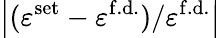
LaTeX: \left|(\varepsilon^{\mathrm{set}}-\varepsilon^{\mathrm{f.d.}})/\varepsilon^{\mathrm{f.d.}}\right|